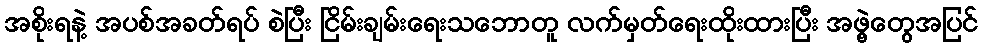
အစိုးရနဲ့ အပစ်အခတ်ရပ် စဲပြီး ငြိမ်းချမ်းရေးသဘောတူ လက်မှတ်ရေးထိုးထားပြီး အဖွဲ့တွေအပြင်